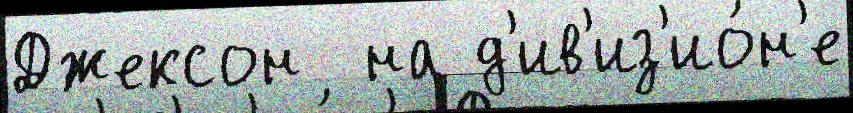
Джексон  на д'ив'из'ио́н'е